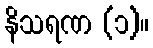
နိသရဏ (၁)။